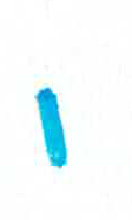
אות: ו